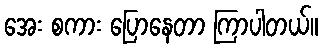
အေး စကား ပြောနေတာ ကြာပါတယ်။